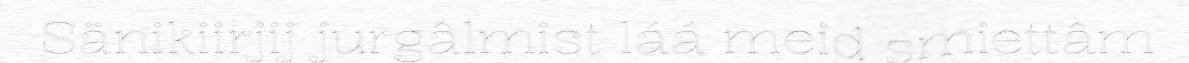
Sänikiirjij jurgâlmist láá meid smiettâm